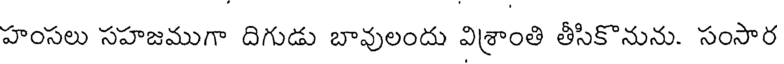
హంసలు సహజముగా దిగుడు బావులందు విశ్రాంతి తీసికొనును. సంసార